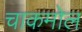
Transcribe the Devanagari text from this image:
चाकमोल